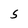
Character: w